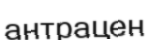
антрацен